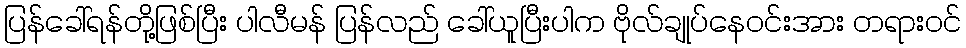
ပြန်ခေါ်ရန်တို့ဖြစ်ပြီး ပါလီမန် ပြန်လည် ခေါ်ယူပြီးပါက ဗိုလ်ချုပ်နေဝင်းအား တရားဝင်